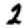
Digit: 2